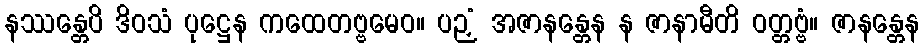
နဿန္တေပိ ဒိဝသံ ပုဋ္ဌေန ကထေတဗ္ဗမေဝ။ ပဉှံ အဇာနန္တေန န ဇာနာမီတိ ဝတ္တဗ္ဗံ။ ဇာနန္တေန